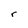
Character: r